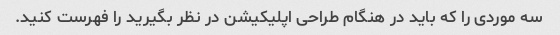
سه موردی را که باید در هنگام طراحی اپلیکیشن در نظر بگیرید را فهرست کنید.